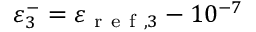
\varepsilon _ { 3 } ^ { - } = \varepsilon _ { \mathrm { ~ r ~ e ~ f ~ } , 3 } - 1 0 ^ { - 7 }